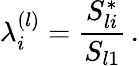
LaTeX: \lambda_{i}^{(l)}=\frac{S_{li}^{*}}{S_{l1}}\, .